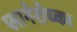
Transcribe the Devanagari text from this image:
प्लानेरोच्का